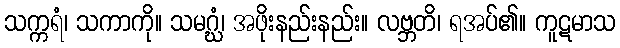
သက္ကရံ၊ သကာကို။ သမဂ္ဃံ၊ အဖိုးနည်းနည်း။ လဗ္ဘတိ၊ ရအပ်၏။ ကူဋမာသ